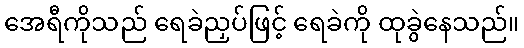
အေရီကိုသည် ရေခဲညှပ်ဖြင့် ရေခဲကို ထုခွဲနေသည်။